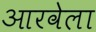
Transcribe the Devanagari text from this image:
आरवेला